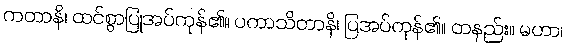
ကတာနိ၊ ထင်စွာပြုအပ်ကုန်၏။ ပကာသိတာနိ၊ ပြအပ်ကုန်၏။ တနည်း။ မဟာ၊